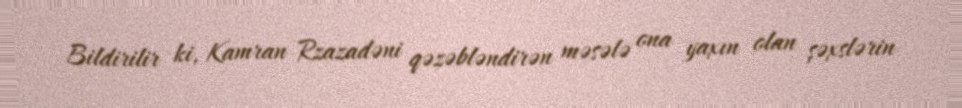
Bildirilir ki, Kamran Rzazadəni qəzəbləndirən məsələ ona yaxın olan şəxslərin